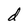
Character: d